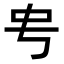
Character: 𬺺